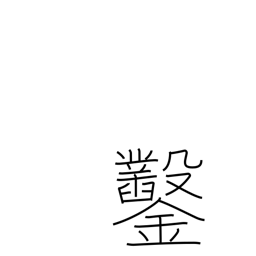
Meaning: chisel